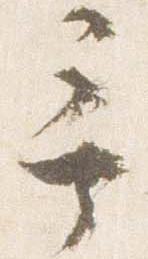
言